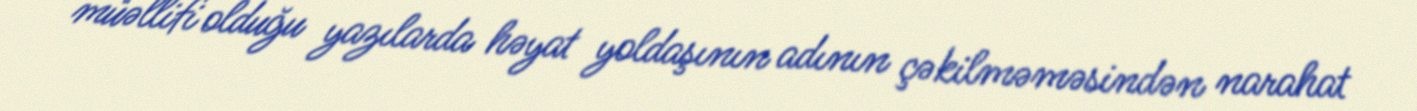
müəllifi olduğu yazılarda həyat yoldaşının adının çəkilməməsindən narahat